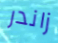
زاندر